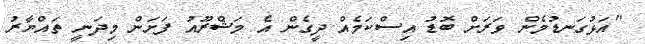
"އަޅުގަނޑުމެން ވަރަށް ބޮޑު އިސްކަމެއް ދީގެން އެ މަޝްރޫއު ފަށަން މިދަނީ ތައްޔާރު